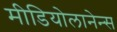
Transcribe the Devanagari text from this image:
मीडियोलानेन्स